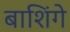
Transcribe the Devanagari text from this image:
बाशिंगे